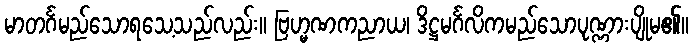
မာတင်္ဂမည်သောရသေ့သည်လည်း။ ဗြဟ္မဏကညာယ၊ ဒိဋ္ဌမင်္ဂလိကမည်သောပုဏ္ဏားပျိုမ၏။